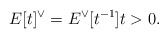
\begin{align*}E[t]^{\vee}=E^{\vee}[t^{-1}] t>0.\end{align*}